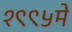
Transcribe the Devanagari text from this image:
१९९५मे